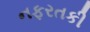
નફરતકી